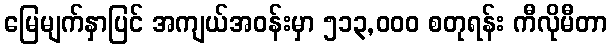
မြေမျက်နှာပြင် အကျယ်အဝန်းမှာ ၅၁၃,၀၀၀ စတုရန်း ကီလိုမီတာ